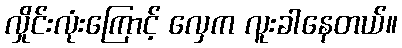
လှိုင်းလုံးကြောင့် လှေက လူးခါနေတယ်။